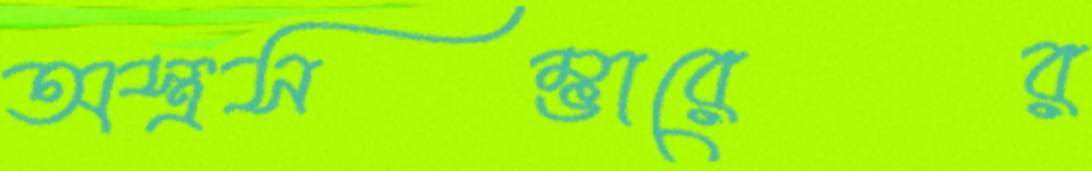
অস্ত্রসম্ভারের